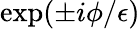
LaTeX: \exp(\pm i\phi/\epsilon)